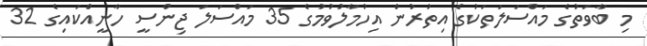
މި ބާވަތުގެ މައްސަލަތަކުގެ އިތުރުން އިހުމާލުވުމުގެ 35 މައްސަލަ ޖިންސީ ހާނީއްކައިގެ 32